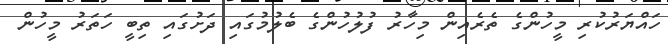
ހައްޔަރުކުރި މީހުންގެ ތެރެއިން މިހާރު ފުލުހުންގެ ބެލުމުގައި ދަށުގައި ތިބީ ހަތަރު މީހުން